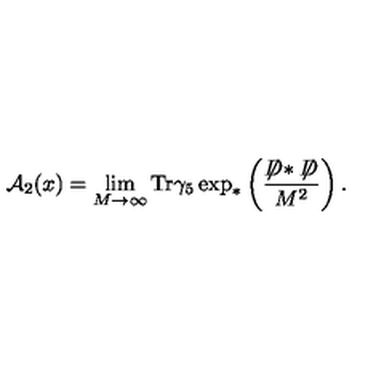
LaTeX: { \cal A } _ { 2 } ( x ) = \lim _ { M \to \infty } \mathrm { T r } \gamma _ { 5 } \exp _ { * } \left( \frac { \not \! \! D * \not \! \! D } { M ^ { 2 } } \right) .